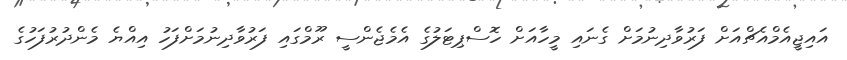
އައިޖީއެމްއެޗްއަށް ފަރުވާދިނުމަށް ގެނައި މީހާއަށް ހޮސްޕިޓަލުގެ އެމެޖެންސީ ރޫމްގައި ފަރުވާދިނުމަށްފަހު އިއްޔެ މެންދުރުފަހުގެ